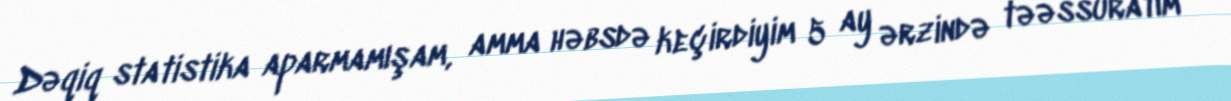
Dəqiq statistika aparmamışam, amma həbsdə keçirdiyim 5 ay ərzində təəssüratım